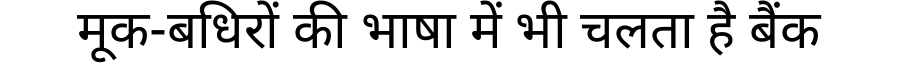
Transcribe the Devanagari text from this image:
मूक-बधिरों की भाषा में भी चलता है बैंक